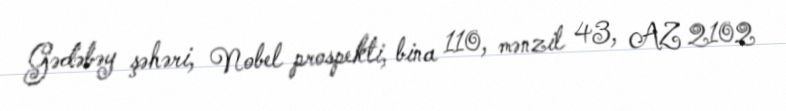
Gədəbəy şəhəri, Nobel prospekti, bina 110, mənzil 43, AZ 2102